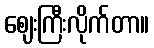
ဈေးကြီးလိုက်တာ။